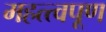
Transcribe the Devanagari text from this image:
महत्त्वपूण